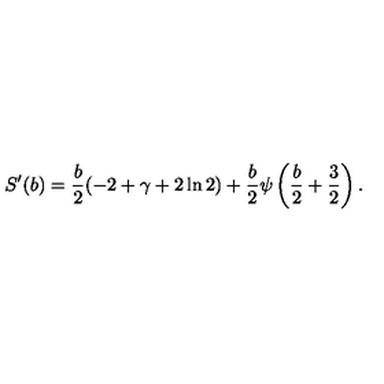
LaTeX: S ^ { \prime } ( b ) = \frac { b } { 2 } ( - 2 + \gamma + 2 \ln 2 ) + \frac { b } { 2 } \psi \left( \frac { b } { 2 } + \frac { 3 } { 2 } \right) .